Lunatic asylums Burma 1907-21 - 1907-1921
Year: 1907
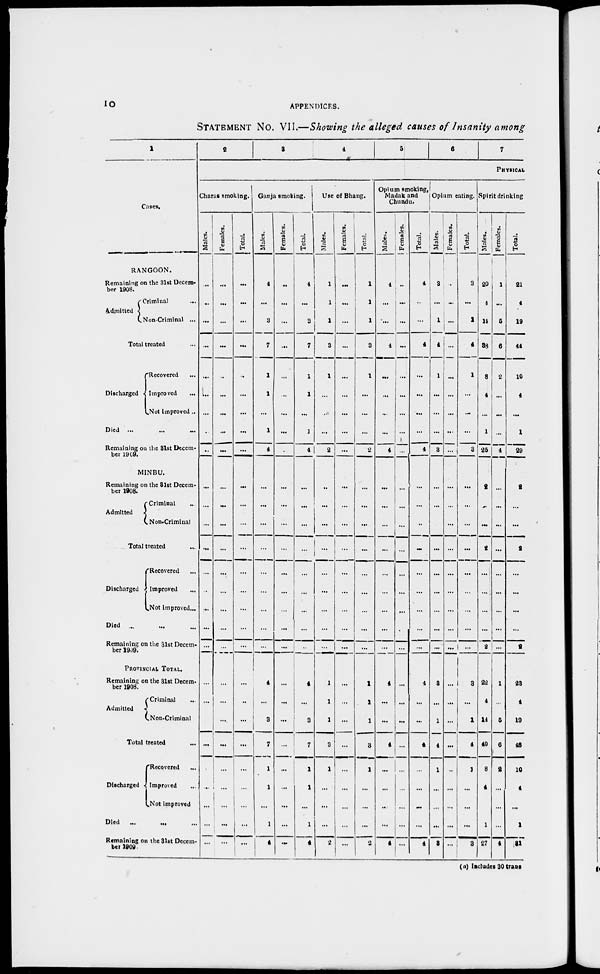
10
APPENDICES.
STATEMENT No. VII.—Showing the alleged causes of Insanity among
1
Cases.
RANGOON.
Remaining on the 31st Decem-
ber 1908.
Admitted
Criminal
...
Non-Criminal ...
Total treated ...
Discharged
Recovered ...
Improved ...
Not improved ...
Died ... ... ...
Remaining on the 31st Decem-
ber 1909.
MINBU.
Remaining on the 31st Decem-
ber 1908.
Admitted
Criminal ...
Non-Criminal
Total treated ...
Discharged
Recovered ...
Improved ...
Not improved...
Died ... ... ...
Remaining on the 31st Decem-
ber 1909.
PROVINCIAL TOTAL.
Remaining on the 31st Decem-
ber 1908.
Admitted
Criminal ...
Non-Criminal
Total treated ...
Discharged
Recovered ...
Improved ...
Not improved
Died
... ... ...
Remaining on the 31st Decem-
ber 1909
2
3
4
5
6
7
PHYSICAL
Charas smoking.
Males.
...
...
...
...
...
...
...
...
...
...
...
...
...
...
...
...
...
...
...
...
...
...
...
...
...
...
...
Females.
...
...
...
...
...
...
...
...
...
...
...
...
...
...
...
...
...
...
...
...
...
...
...
...
...
...
...
Total.
...
...
...
...
...
...
...
...
...
...
...
...
...
...
...
...
...
...
...
...
...
...
...
...
...
...
...
Ganja smoking.
Males.
4
...
3
7
1
1
...
1
4
...
...
...
...
...
...
...
...
...
4
...
3
7
1
1
...
1
4
Females.
...
...
...
...
...
...
...
...
...
...
...
...
...
...
...
...
...
...
...
...
...
...
...
...
...
...
...
Total.
4
...
3
7
1
1
...
1
4
...
...
...
...
...
...
...
...
...
4
...
3
7
1
1
...
1
4
Use of Bhang.
Males.
1
1
1
3
1
...
...
...
2
...
...
...
...
...
...
...
...
...
1
1
1
3
1
...
...
...
2
Females.
...
...
...
...
...
...
...
...
...
...
...
...
...
...
...
...
...
...
...
...
...
...
...
...
...
...
...
Total.
1
1
1
3
1
...
...
...
2
...
...
...
...
...
...
...
...
...
1
1
1
3
1
...
...
...
2
Opium smoking,
Madak and
Chundu.
Males.
4
...
...
4
...
...
...
...
4
...
...
...
...
...
...
...
...
...
4
...
...
4
...
...
...
...
4
Females.
...
...
...
...
...
...
...
...
...
...
...
...
...
...
...
...
...
...
...
...
...
...
...
...
...
...
...
Total.
4
...
...
4
...
...
...
...
4
...
...
...
...
...
...
...
...
...
4
...
...
4
...
...
...
...
4
Opium eating.
Males.
3
...
1
4
1
...
...
...
3
...
...
...
...
...
...
...
...
...
3
...
1
4
1
...
...
...
3
Females.
...
...
...
...
...
...
...
...
...
...
...
...
...
...
...
...
...
...
...
...
...
...
...
...
...
...
...
Total.
3
...
1
4
1
...
...
...
3
...
...
...
...
...
...
...
...
...
3
...
1
4
1
...
...
...
3
Spirit drinking.
Males.
20
4
14
38
8
4
...
1
25
2
...
...
2
...
...
...
...
2
22
4
14
40
8
4
...
1
27
Females.
1
...
5
6
2
...
...
...
4
...
...
...
...
...
...
...
...
...
1
...
5
6
2
...
...
...
4
Total.
21
4
19
44
10
4
...
1
29
2
...
...
2
...
...
...
...
2
23
4
19
46
10
4
...
1
31
(a) Includes 30 trans